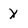
Character: X